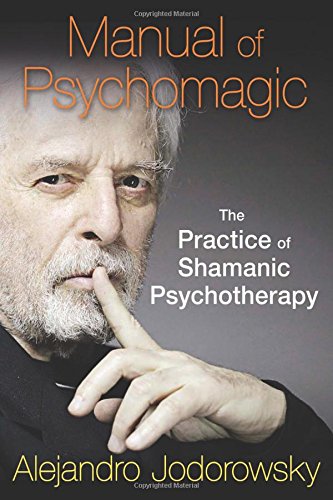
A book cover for Manual of Psychomagic: The Practice of Shamanic Psychotherapy; Alejandro Jodorowsky; Health, Fitness & Dieting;